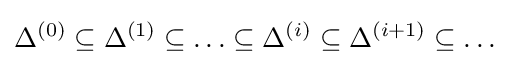
\Delta ^{(0)}\subseteq \Delta ^{(1)}\subseteq \ldots \subseteq \Delta ^{(i)}\subseteq \Delta ^{(i+1)}\subseteq \ldots